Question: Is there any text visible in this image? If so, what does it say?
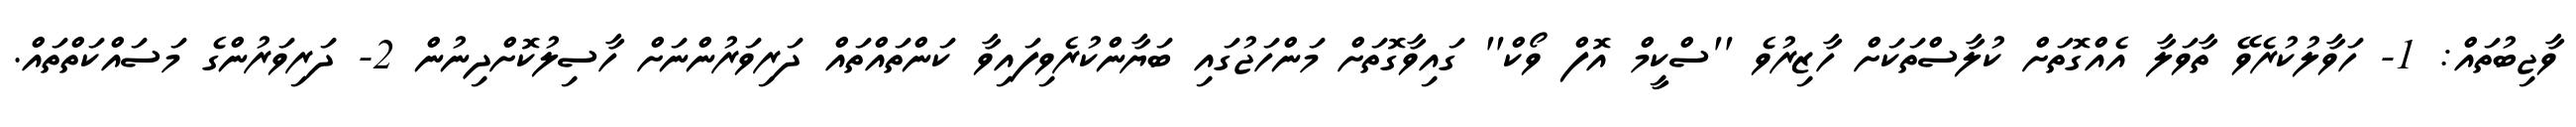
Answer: ވާޖިބުތައް: 1- ހަވާލުކުރެވޭ ތާވަލާ އެއްގޮތަށް ކުލާސްތަކަށް ހާޒިރުވެ ''ސްކީމް އޮފް ވޯކް'' ގައިވާގޮތަށް މަންހަޖުގައި ބަޔާންކުރެވިފައިވާ ކަންތައްތައް ދަރިވަރުންނަށް ހާސިލުކޮށްދިނުން 2- ދަރިވަރުންގެ މަސައްކަތްތައް.